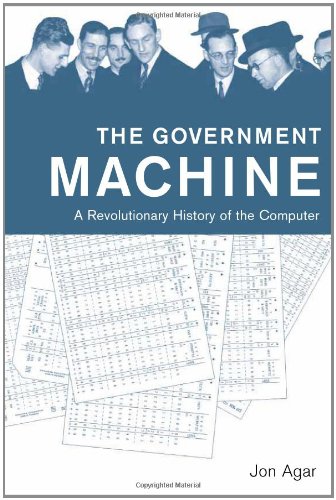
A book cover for The Government Machine: A Revolutionary History of the Computer (History of Computing); Jon Agar; Computers & Technology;